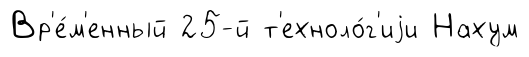
Вр'е́м'енный 25-й т'ехноло́г'иjи Нахум